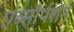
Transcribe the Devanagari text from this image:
एब्सौर्पशन